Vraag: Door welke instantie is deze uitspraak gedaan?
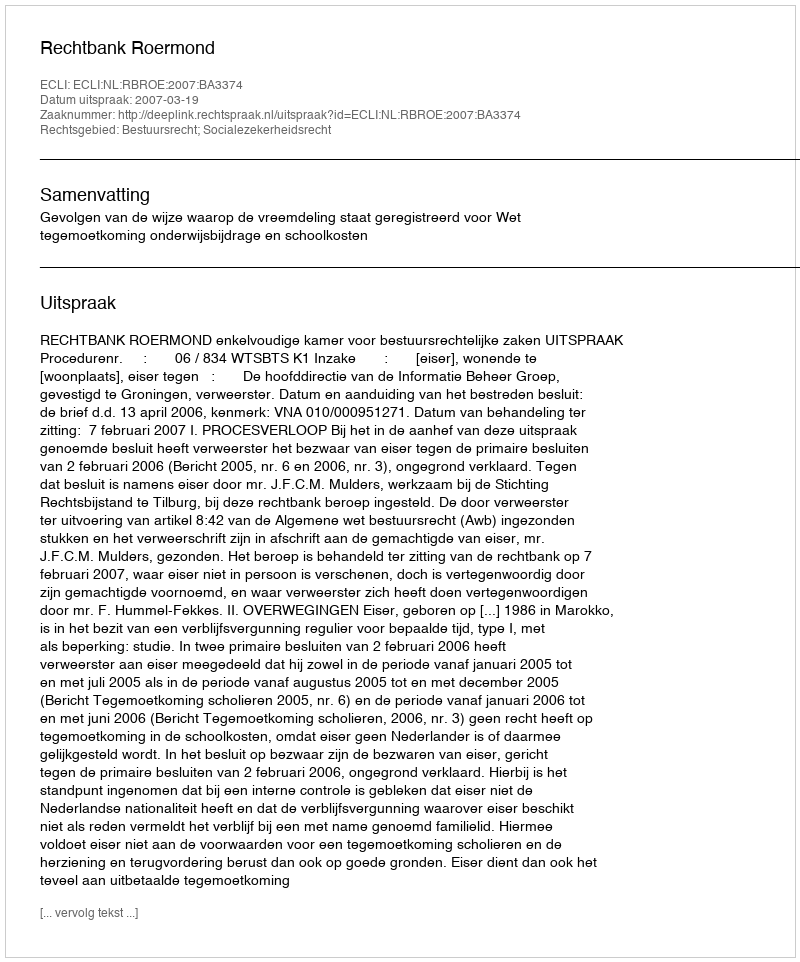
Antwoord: Rechtbank Roermond